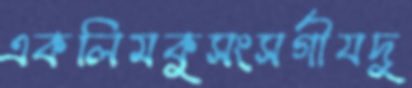
একলিমকুসংসর্গীযদু